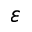
\varepsilon